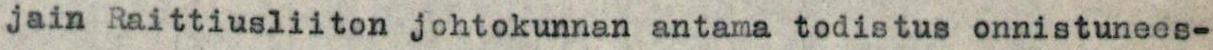
jain Raittiusliiton jchtokunnan antama todistus onnistunees-